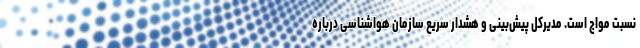
نسبت مواج است. مدیرکل پیش‌بینی و هشدار سریع سازمان هواشناسی درباره